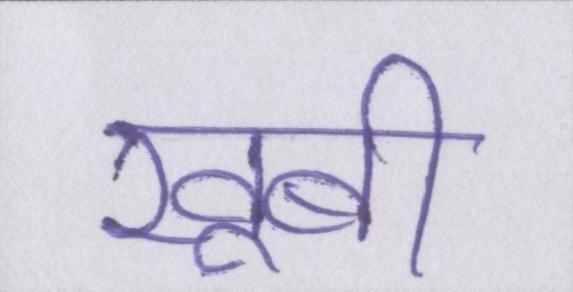
खूबी